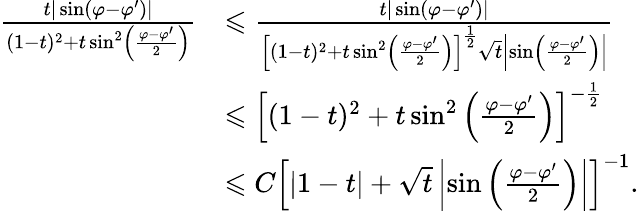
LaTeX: \begin{array}{rl}{\frac{t|\sin(\varphi-\varphi^{\prime})|}{(1-t)^{2}+t\sin^{2}\left(\frac{\varphi-\varphi^{\prime}}{2}\right)}}&{\leqslant\frac{t|\sin(\varphi-\varphi^{\prime})|}{\Big[(1-t)^{2}+t\sin^{2}\left(\frac{\varphi-\varphi^{\prime}}{2}\right)\Big]^{\frac{1}{2}}\sqrt{t}\left|\sin\left(\frac{\varphi-\varphi^{\prime}}{2}\right)\right|}}\\ &{\leqslant\Big[(1-t)^{2}+t\sin^{2}\left(\frac{\varphi-\varphi^{\prime}}{2}\right)\Big]^{-\frac{1}{2}}}\\ &{\leqslant C\Big[|1-t|+\sqrt{t}\left|\sin\left(\frac{\varphi-\varphi^{\prime}}{2}\right)\right|\Big]^{-1}.}\end{array}